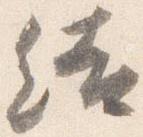
結